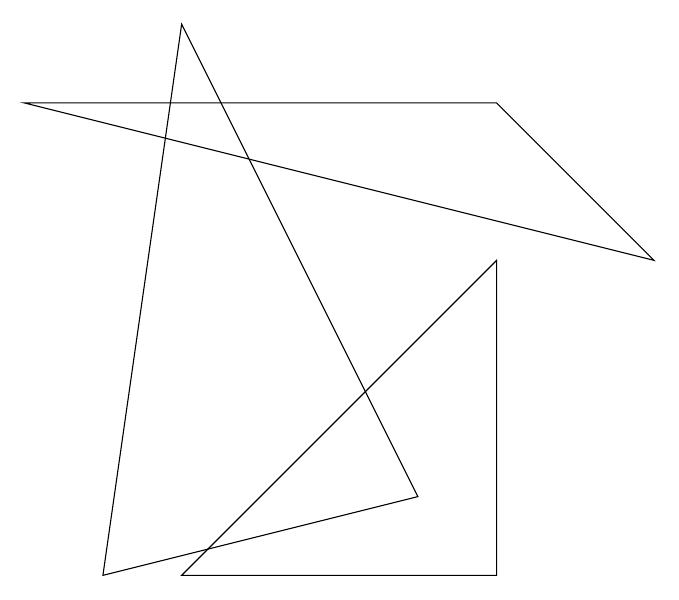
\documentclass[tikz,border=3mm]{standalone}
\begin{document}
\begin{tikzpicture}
\draw (8,4) -- (0,6) -- (6,6) -- cycle;
\draw (2,7) -- (1,0) -- (5,1) -- cycle;
\draw (6,0) -- (6,4) -- (2,0) -- cycle;
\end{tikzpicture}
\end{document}